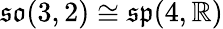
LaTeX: {\mathfrak{so}}(3,2)\cong{\mathfrak{sp}}(4,\mathbb{R})